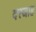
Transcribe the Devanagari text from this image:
दरजाह